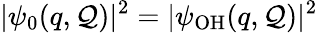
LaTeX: \vert\psi_{0}(q,\mathcal{Q})\vert^{2}=\vert\psi_{\mathrm{{OH}}}(q,\mathcal{Q})\vert^{2}